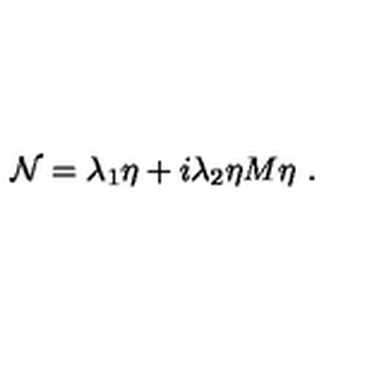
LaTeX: { \cal N } = \lambda _ { 1 } \eta + i \lambda _ { 2 } \eta M \eta \ .